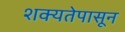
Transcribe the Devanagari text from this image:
शक्यतेपासून